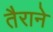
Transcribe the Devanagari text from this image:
तैराने